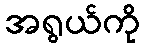
အရွယ်ကို